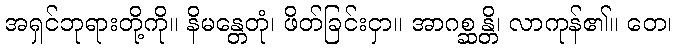
အရှင်ဘုရားတို့ကို။ နိမန္တေတုံ၊ ဖိတ်ခြင်းငှာ။ အာဂစ္ဆန္တိ၊ လာကုန်၏။ တေ၊